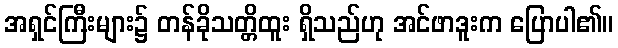
အရှင်ကြီးများ၌ တန်ခိုသတ္တိထူး ရှိသည်ဟု အင်ဖာဒူးက ပြောပါ၏။